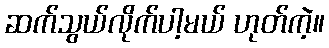
ဆက်သွယ်လိုက်ပါ့မယ် ဟုတ်ကဲ့။